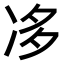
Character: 𠗄